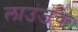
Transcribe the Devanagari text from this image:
लाउंजचे